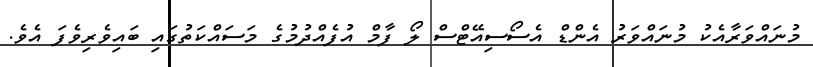
މުނައްވަރާއެކު މުނައްވަރު އެންޑް އެސޯސިއޭޓްސް ލޯ ފާމް އުފެއްދުމުގެ މަސައްކަތުގައި ބައިވެރިވެފަ އެވެ.